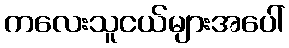
ကလေးသူငယ်များအပေါ်